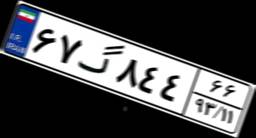
۶۷گ۸۴۴۶۶